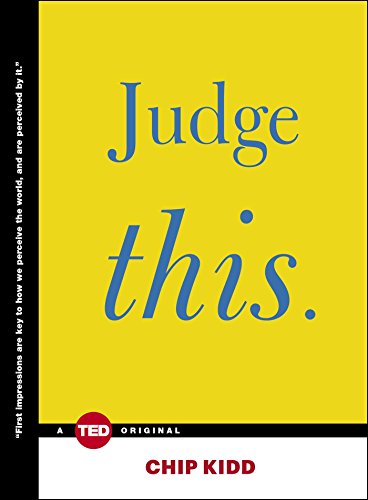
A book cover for Judge This (TED Books); Chip Kidd; Arts & Photography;